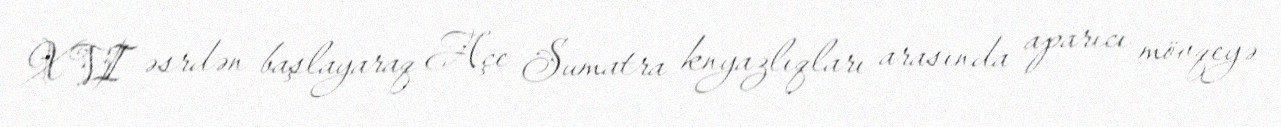
XVI əsrdən başlayaraq Açe Sumatra knyazlıqları arasında aparıcı mövqeyə